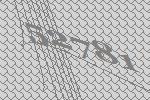
52781